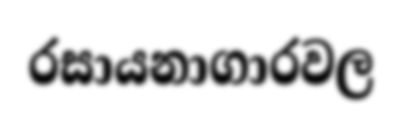
රසායනාගාරවල